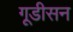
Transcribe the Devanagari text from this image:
गूडीसन